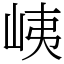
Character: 峓